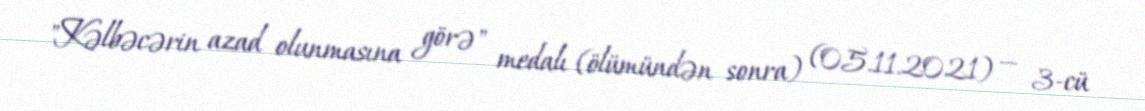
"Kəlbəcərin azad olunmasına görə" medalı (ölümündən sonra) (05.11.2021) — 3-cü